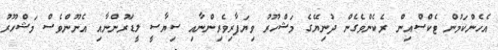
އެހެންކަމުން ޓެކްސްއިން ރެކެންވެގެން ދުނިޔޭގެ މަޝްހޫރު ވިޔަފާރިވެރިންނާއި ސިޔާސީ ލީޑަރުންނާއި އެނޫންވެސް މަޝްހޫރު